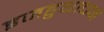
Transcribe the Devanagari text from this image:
इजहुथाचन